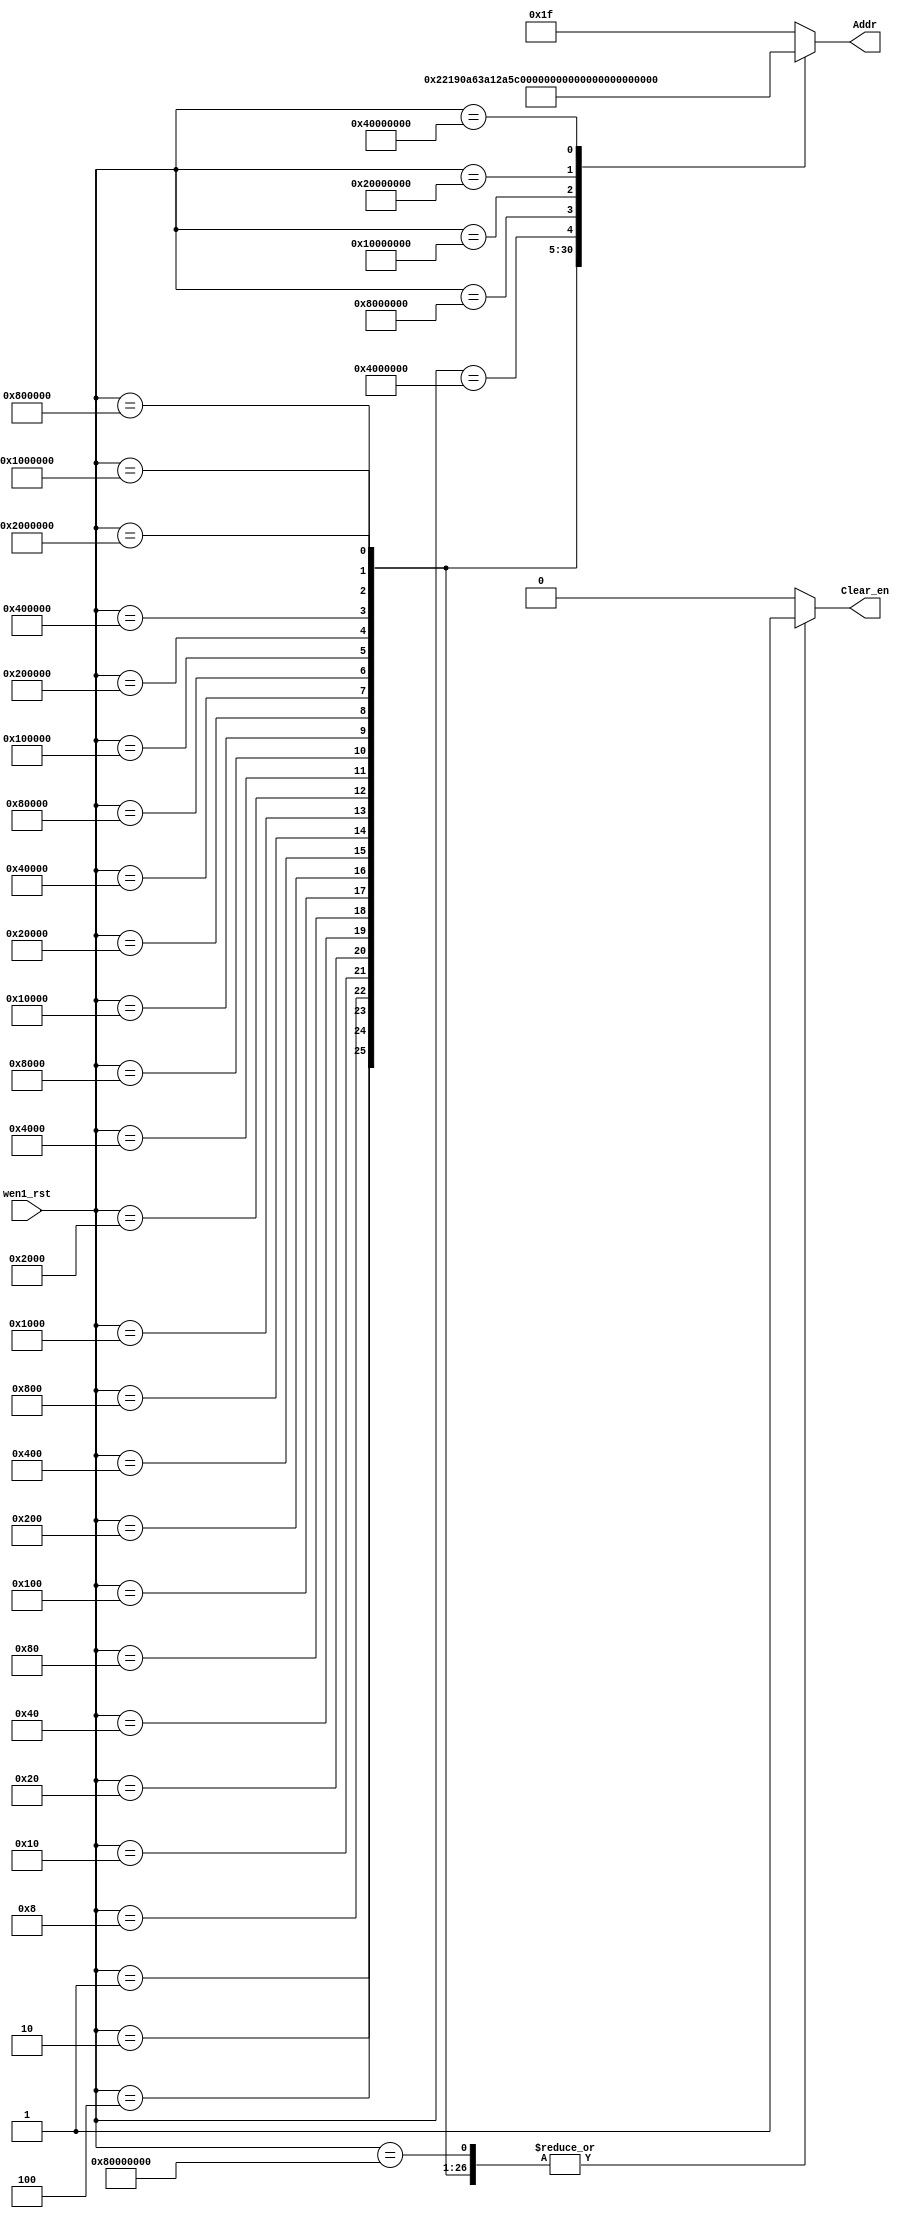
//-----------------------------------------------------
// Design Name 	: Coder32_5
// Function    	: 
// Coder  	: 
// Other	:
//-----------------------------------------------------

module coder32_5 (
		input 		[31:0]	wen1_rst,
  		output reg	[4:0] 	Addr	,
  		output reg		Clear_en
  		);
	
always @(wen1_rst) begin
    case (wen1_rst)
      32'h00000000 : begin 
        Addr	 	= 5'b11111;
        Clear_en 	= 1'b0;
      end    
      32'h00000001 : begin
        Addr	 	= 5'b00000;
        Clear_en 	= 1'b1;
      end
      32'h00000002 : begin
        Addr	 	= 5'b00001;
        Clear_en 	= 1'b1;
      end
      32'h00000004 : begin
        Addr	 	= 5'b00010;
        Clear_en 	= 1'b1;
      end
      32'h00000008 : begin
        Addr	 	= 5'b00011;
        Clear_en 	= 1'b1;
      end
      32'h00000010 : begin
        Addr	 	= 5'b00100;
        Clear_en 	= 1'b1;
      end
      32'h00000020 : begin
        Addr	 	= 5'b00101;
        Clear_en 	= 1'b1;
      end
      32'h00000040 : begin
        Addr	 	= 5'b00110;
        Clear_en 	= 1'b1;
      end
      32'h00000080 : begin
        Addr	 	= 5'b00111;
        Clear_en 	= 1'b1;
      end
      32'h00000100 : begin
        Addr	 	= 5'b01000;
        Clear_en 	= 1'b1;
      end
      32'h00000200 : begin
        Addr	 	= 5'b01001;
        Clear_en 	= 1'b1;
      end
      32'h00000400 : begin
        Addr	 	= 5'b01010;
        Clear_en 	= 1'b1;
      end
      32'h00000800 : begin
        Addr	 	= 5'b01011;
        Clear_en 	= 1'b1;
      end
      32'h00001000 : begin
        Addr	 	= 5'b01100;
        Clear_en 	= 1'b1;
      end
      32'h00002000 : begin
        Addr	 	= 5'b01101;
        Clear_en 	= 1'b1;
      end
      32'h00004000 : begin
        Addr	 	= 5'b01110;
        Clear_en 	= 1'b1;
      end
      32'h00008000 : begin
        Addr	 	= 5'b01111;
        Clear_en 	= 1'b1;
      end
      32'h00010000 : begin
        Addr	 	= 5'b10000;
        Clear_en 	= 1'b1;
      end
      32'h00020000 : begin
        Addr	 	= 5'b10001;
        Clear_en 	= 1'b1;
      end
      32'h00040000 : begin
        Addr	 	= 5'b10010;
        Clear_en 	= 1'b1;
      end
      32'h00080000 : begin
        Addr	 	= 5'b10011;
        Clear_en 	= 1'b1;
      end
      32'h00100000 : begin 
        Addr	 	= 5'b10100;
        Clear_en 	= 1'b1;
      end
      32'h00200000 : begin
        Addr	 	= 5'b10101;
        Clear_en 	= 1'b1;
      end
      32'h00400000 : begin
        Addr	 	= 5'b10110;
        Clear_en 	= 1'b1;
      end
      32'h00800000 : begin
        Addr	 	= 5'b10111;
        Clear_en 	= 1'b1;
      end
      32'h01000000 : begin 
        Addr	 	= 5'b11000;
        Clear_en 	= 1'b1;
      end
      32'h02000000 : begin
        Addr	 	= 5'b11001;
        Clear_en 	= 1'b1;
      end
      32'h04000000 : begin
        Addr	 	= 5'b11010;
        Clear_en 	= 1'b1;
      end
      32'h08000000 : begin
        Addr	 	= 5'b11011;
        Clear_en 	= 1'b1;
      end
      32'h10000000 : begin
        Addr	 	= 5'b11100;
        Clear_en 	= 1'b1;
      end
      32'h20000000 : begin
        Addr	 	= 5'b11101;
        Clear_en 	= 1'b1;
      end
      32'h40000000 : begin
        Addr	 	= 5'b11110;
        Clear_en 	= 1'b1;
      end
      32'h80000000 : begin 
        Addr	 	= 5'b11111;
        Clear_en 	= 1'b1;
      end      
      default : begin
        Addr	 	= 5'b11111;
        Clear_en 	= 1'b0;
    end         
    endcase         
  end
endmodule